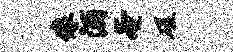
像酒奄磋